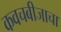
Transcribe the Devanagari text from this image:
कवचबीजाचा